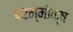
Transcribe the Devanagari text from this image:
परम्मोक्ष